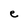
Character: e